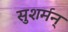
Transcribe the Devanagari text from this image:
सुशर्मन्